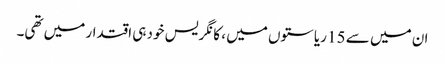
ان میں سے 15 ریاستوں میں ، کانگریس خود ہی اقتدار میں تھی۔